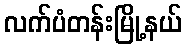
လက်ပံတန်းမြို့နယ်